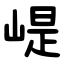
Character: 崼